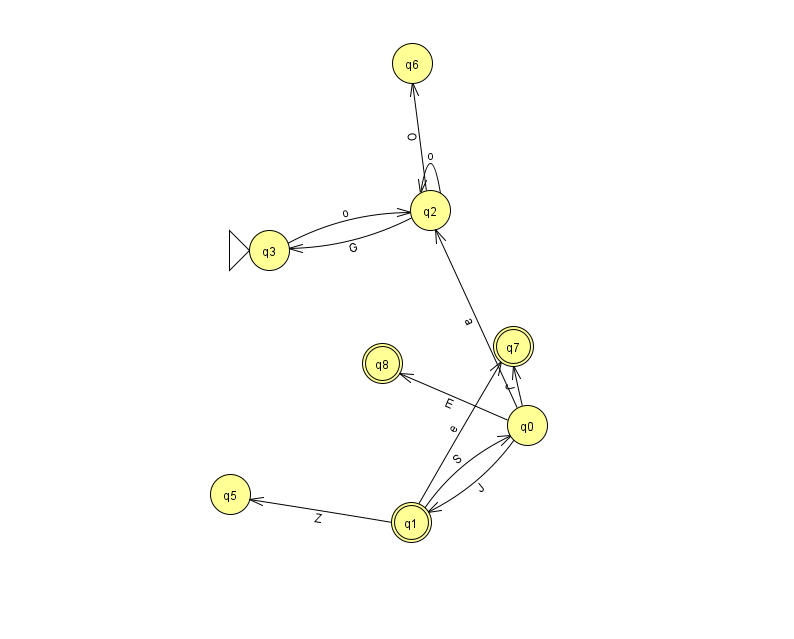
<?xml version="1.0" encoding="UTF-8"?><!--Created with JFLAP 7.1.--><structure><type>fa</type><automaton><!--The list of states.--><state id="0" name="q0"><x>527.0</x><y>412.0</y></state><state id="1" name="q1"><x>411.0</x><y>509.0</y><final/></state><state id="2" name="q2"><x>430.0</x><y>197.0</y></state><state id="3" name="q3"><x>269.0</x><y>237.0</y><initial/></state><state id="5" name="q5"><x>230.0</x><y>481.0</y></state><state id="6" name="q6"><x>412.0</x><y>50.0</y></state><state id="7" name="q7"><x>513.0</x><y>333.0</y><final/></state><state id="8" name="q8"><x>382.0</x><y>350.0</y><final/></state><!--The list of transitions.--><transition><from>0</from><to>7</to><read>J</read></transition><transition><from>1</from><to>0</to><read>S</read></transition><transition><from>2</from><to>6</to><read>O</read></transition><transition><from>3</from><to>2</to><read>o</read></transition><transition><from>0</from><to>2</to><read>a</read></transition><transition><from>0</from><to>1</to><read>J</read></transition><transition><from>1</from><to>5</to><read>Z</read></transition><transition><from>2</from><to>3</to><read>G</read></transition><transition><from>1</from><to>7</to><read>e</read></transition><transition><from>0</from><to>8</to><read>E</read></transition><transition><from>2</from><to>2</to><read>o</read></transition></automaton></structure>